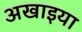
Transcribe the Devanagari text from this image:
अखाइया